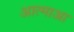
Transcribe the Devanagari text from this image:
आत्माआ